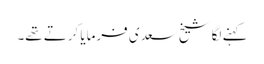
کہنے لگا شیخ سعدی فرمایا کرتے تھے۔